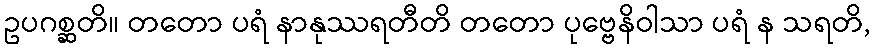
ဥပဂစ္ဆတိ။ တတော ပရံ နာနုဿရတီတိ တတော ပုဗ္ဗေနိဝါသာ ပရံ န သရတိ,